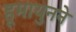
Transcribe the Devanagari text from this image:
हूमायुनने